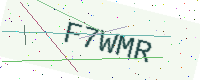
Text: F7WMR